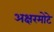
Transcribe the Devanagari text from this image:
अक्षरमोटे